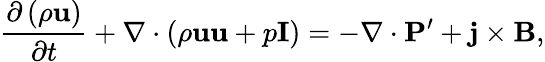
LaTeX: \frac{{\partial\left(\rho\mathbf{u}\right)}}{{\partial t}}+\nabla\cdot\left({\rho{\mathbf{uu}}+p{\mathbf{I}}}\right)=-\nabla\cdot{\mathbf{P}}^{\prime}+{\mathbf{j}}\times{\mathbf{B}},